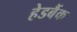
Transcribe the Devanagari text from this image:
हेडबैंक